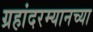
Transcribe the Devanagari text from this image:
ग्रहांदरम्यानच्या